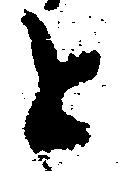
と